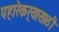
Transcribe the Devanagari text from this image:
पहारेकर्‍यासाठी